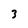
Character: 3